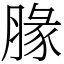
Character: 腞